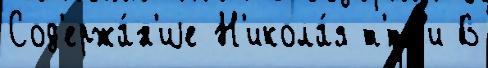
Сод'ержа́н'иjе Н'икола́я т'́тк'и В